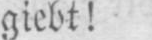
giebt!